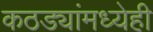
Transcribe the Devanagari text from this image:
कठड्यांमध्येही